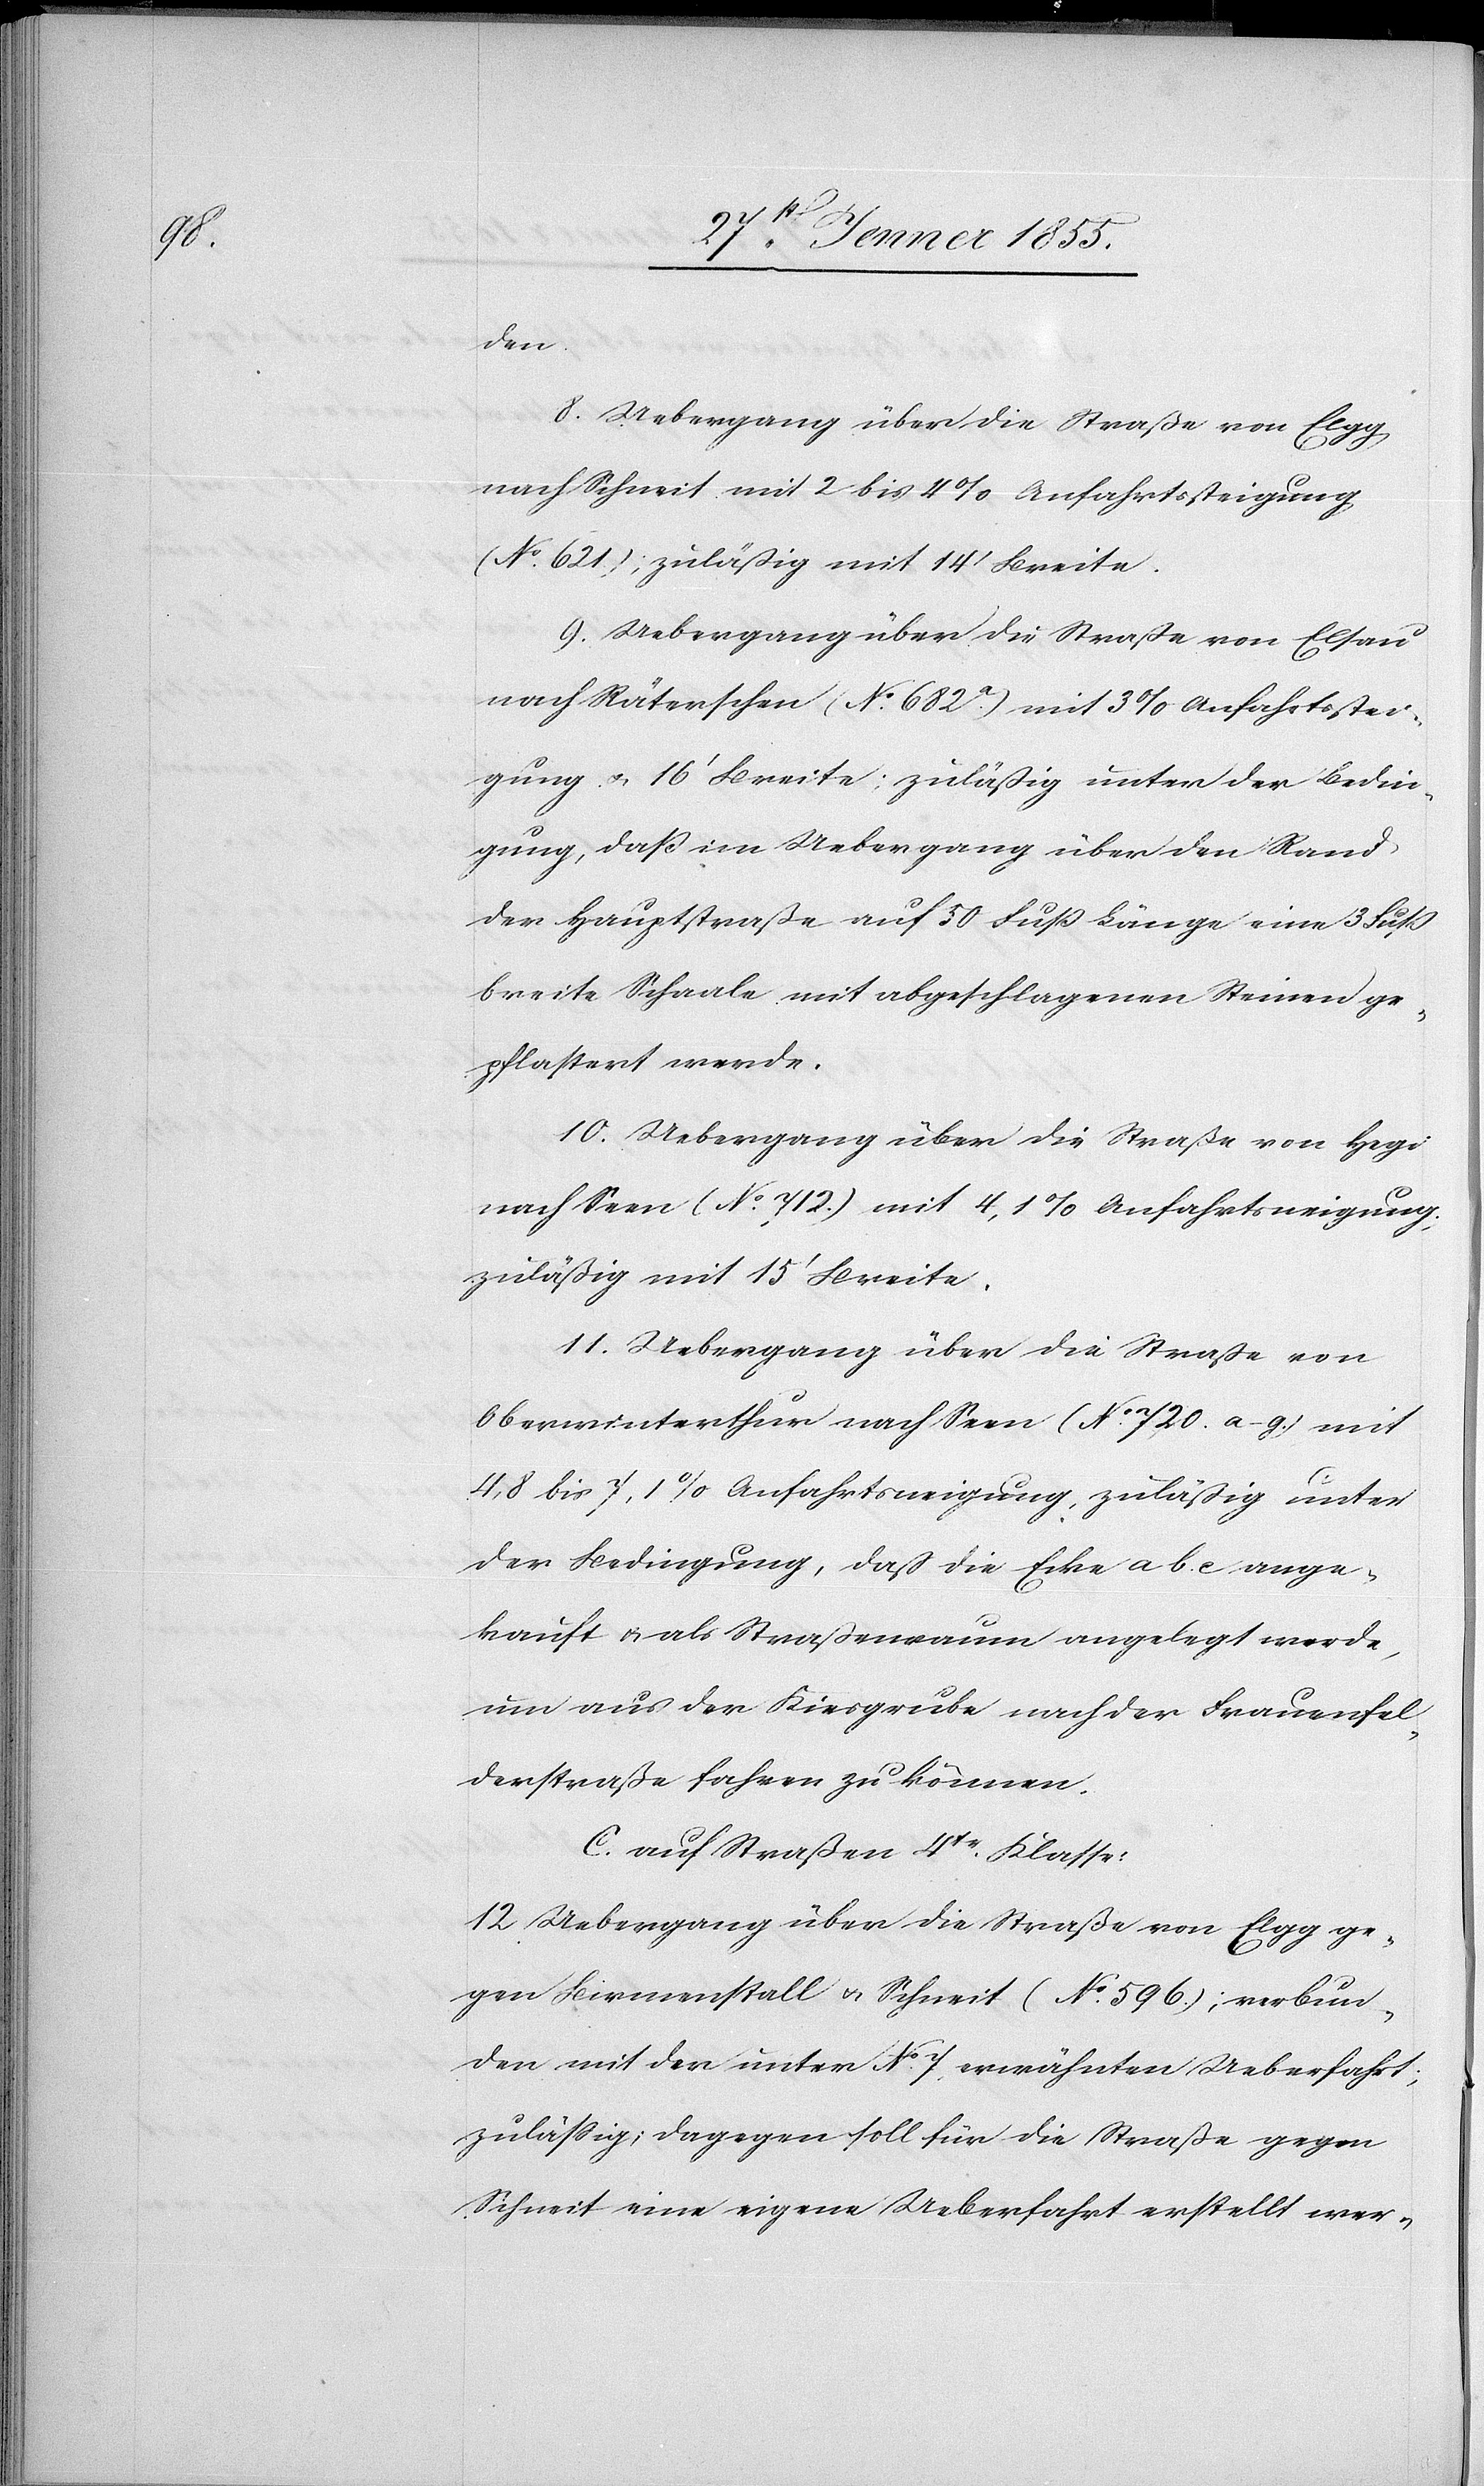
den
8. Uebergang über die Straße von Elgg
nach Schneit mit 2 bis 4% Anfahrtssteigung
(No. 621.); zuläßig mit 14‘ Breite.
9. Uebergang über die Straße von Elsau
nach Räterschen (No. 682.a) mit 3% Anfahrtsstei¬
gung u. 16‘ Breite; zuläßig unter der Bedin¬
gung, daß im Uebergang über den Rand
der Hauptstraße auf 50 Fuß Länge eine 3 Fuß
breite Schaale mit abgeschlagenen Steinen ge¬
pflastert werde.
10. Uebergang über die Straße von Hegi
nach Seen (No. 712.) mit 4,1% Anfahrtsneigung;
zuläßig mit 15‘ Breite.
11. Uebergang über die Straße von
Oberwinterthur nach Seen (No. 720. a–g.) mit
4,8 bis 7,1% Anfahrtsneigung, zuläßig unter
der Bedingung, daß die Ecke a b. c ange¬
kauft & als Straßenraum angelegt werde,
um aus der Kiesgrube nach der Frauenfel¬
derstraße fahren zu können.
C. auf Straßen 4tr. Klasse:
12 Uebergang über die Straße von Elgg ge¬
gen Birmenstall u. Schneit (No. 596.); verbun¬
den mit der unter No 7 erwähnten Ueberfahrt;
zuläßig; dagegen soll für die Straße gegen
Schneit eine eigene Ueberfahrt erstellt wer-